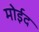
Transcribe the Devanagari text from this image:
मोईद